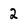
Character: 2